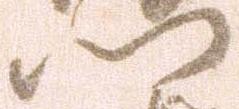
門